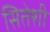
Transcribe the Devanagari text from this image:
सितेशी